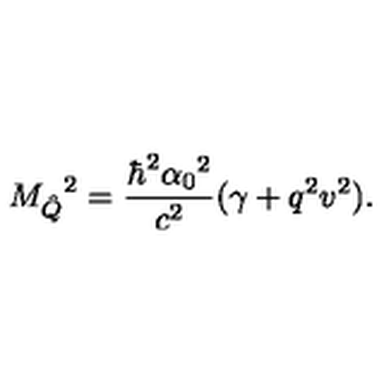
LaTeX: { M _ { \hat { Q } } } ^ { 2 } = \frac { \hbar ^ { 2 } { \alpha _ { 0 } } ^ { 2 } } { c ^ { 2 } } ( \gamma + q ^ { 2 } v ^ { 2 } ) .